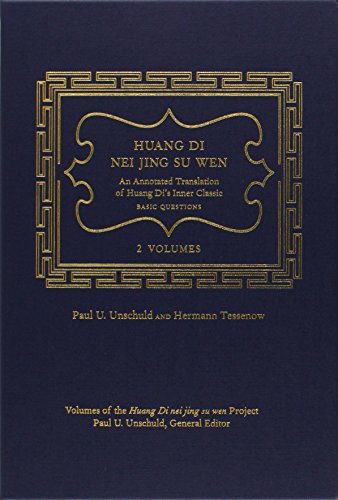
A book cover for Huang Di Nei Jing Su Wen: An Annotated Translation of Huang Di's Inner Classic - Basic Questions: 2 volumes; Paul U. Unschuld; Medical Books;